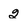
Character: 2